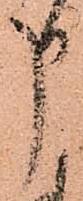
申